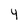
Character: 4